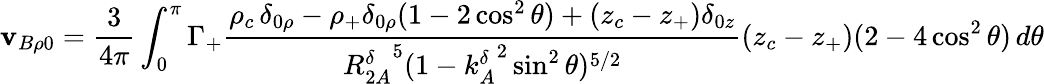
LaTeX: \mathbf{v}_{B\rho0}=\frac{{3}}{{4\pi}}\int_{0}^{\pi}\Gamma_{+}\frac{{\rho_{c}\, \delta_{0\rho}-\rho_{+}\delta_{0\rho}(1-2\cos^{2}\theta)+(z_{c}-z_{+})\delta_{0z}}}{{{R_{2A}^{\delta}}^{5}(1-{k_{A}^{\delta}}^{2}\sin^{2}\theta)^{5/2}}}(z_{c}-z_{+})(2-4\cos^{2}\theta)\, d\theta